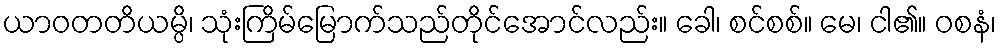
ယာဝတတိယမ္ပိ၊ သုံးကြိမ်မြောက်သည်တိုင်အောင်လည်း။ ခေါ၊ စင်စစ်။ မေ၊ ငါ၏။ ဝစနံ၊